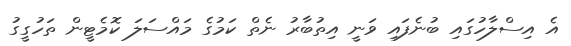
އެ އިސްލާހުގައި ބުނެފައި ވަނީ އިތުބާރު ނެތް ކަމުގެ މައްސަލަ ކޮމެޓީން ތަހުގީގު